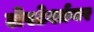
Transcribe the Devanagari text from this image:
लेस्टेर्शायर